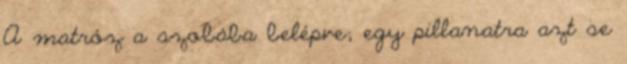
A matróz a szobába belépve; egy pillanatra azt se